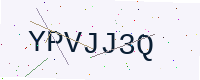
Text: YPVJJ3Q